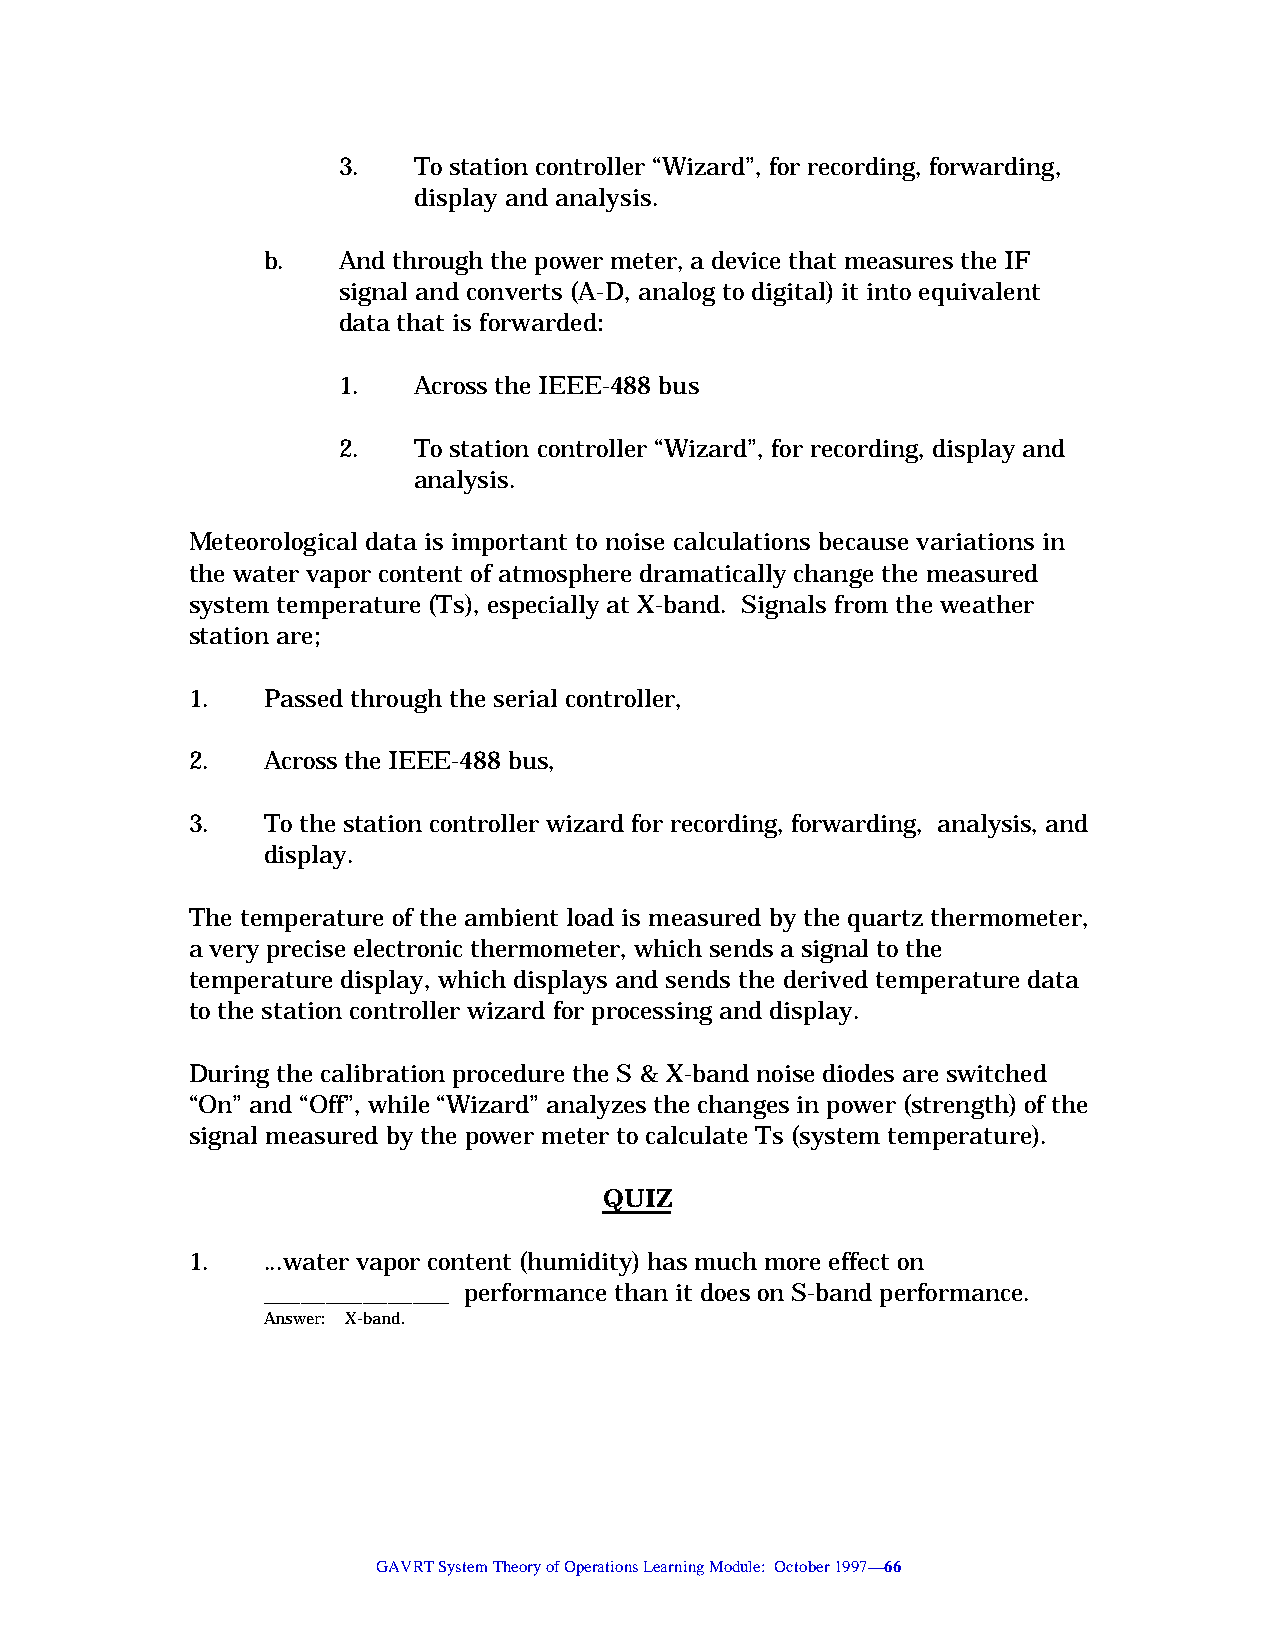
3.   To station controller “Wizard”, for recording, forwarding,
 display and analysis.
 b.   And through the power meter, a device that measures the IF
 signal and converts (A-D, analog to digital) it into equivalent
 data that is forwarded:
 1.   Across the IEEE-488 bus
 2.   To station controller “Wizard”, for recording, display and
 analysis.
 Meteorological data is important to noise calculations because variations in
 the water vapor content of atmosphere dramatically change the measured
 system temperature (Ts), especially at X-band. Signals from the weather
 station are;
 1.   Passed through the serial controller,
 2.   Across the IEEE-488 bus,
 3.   To the station controller wizard for recording, forwarding, analysis, and
 display.
 The temperature of the ambient load is measured by the quartz thermometer,
 a very precise electronic thermometer, which sends a signal to the
 temperature display, which displays and sends the derived temperature data
 to the station controller wizard for processing and display.
 During the calibration procedure the S & X-band noise diodes are switched
 “On” and “Off”, while “Wizard” analyzes the changes in power (strength) of the
 signal measured by the power meter to calculate Ts (system temperature).
 QUIZ
 1.   ...water vapor content (humidity) has much more effect on
 _______________ performance than it does on S-band performance.
 Answer: X-band.
 GAVRT System Theory of Operations Learning Module: October 1997—66